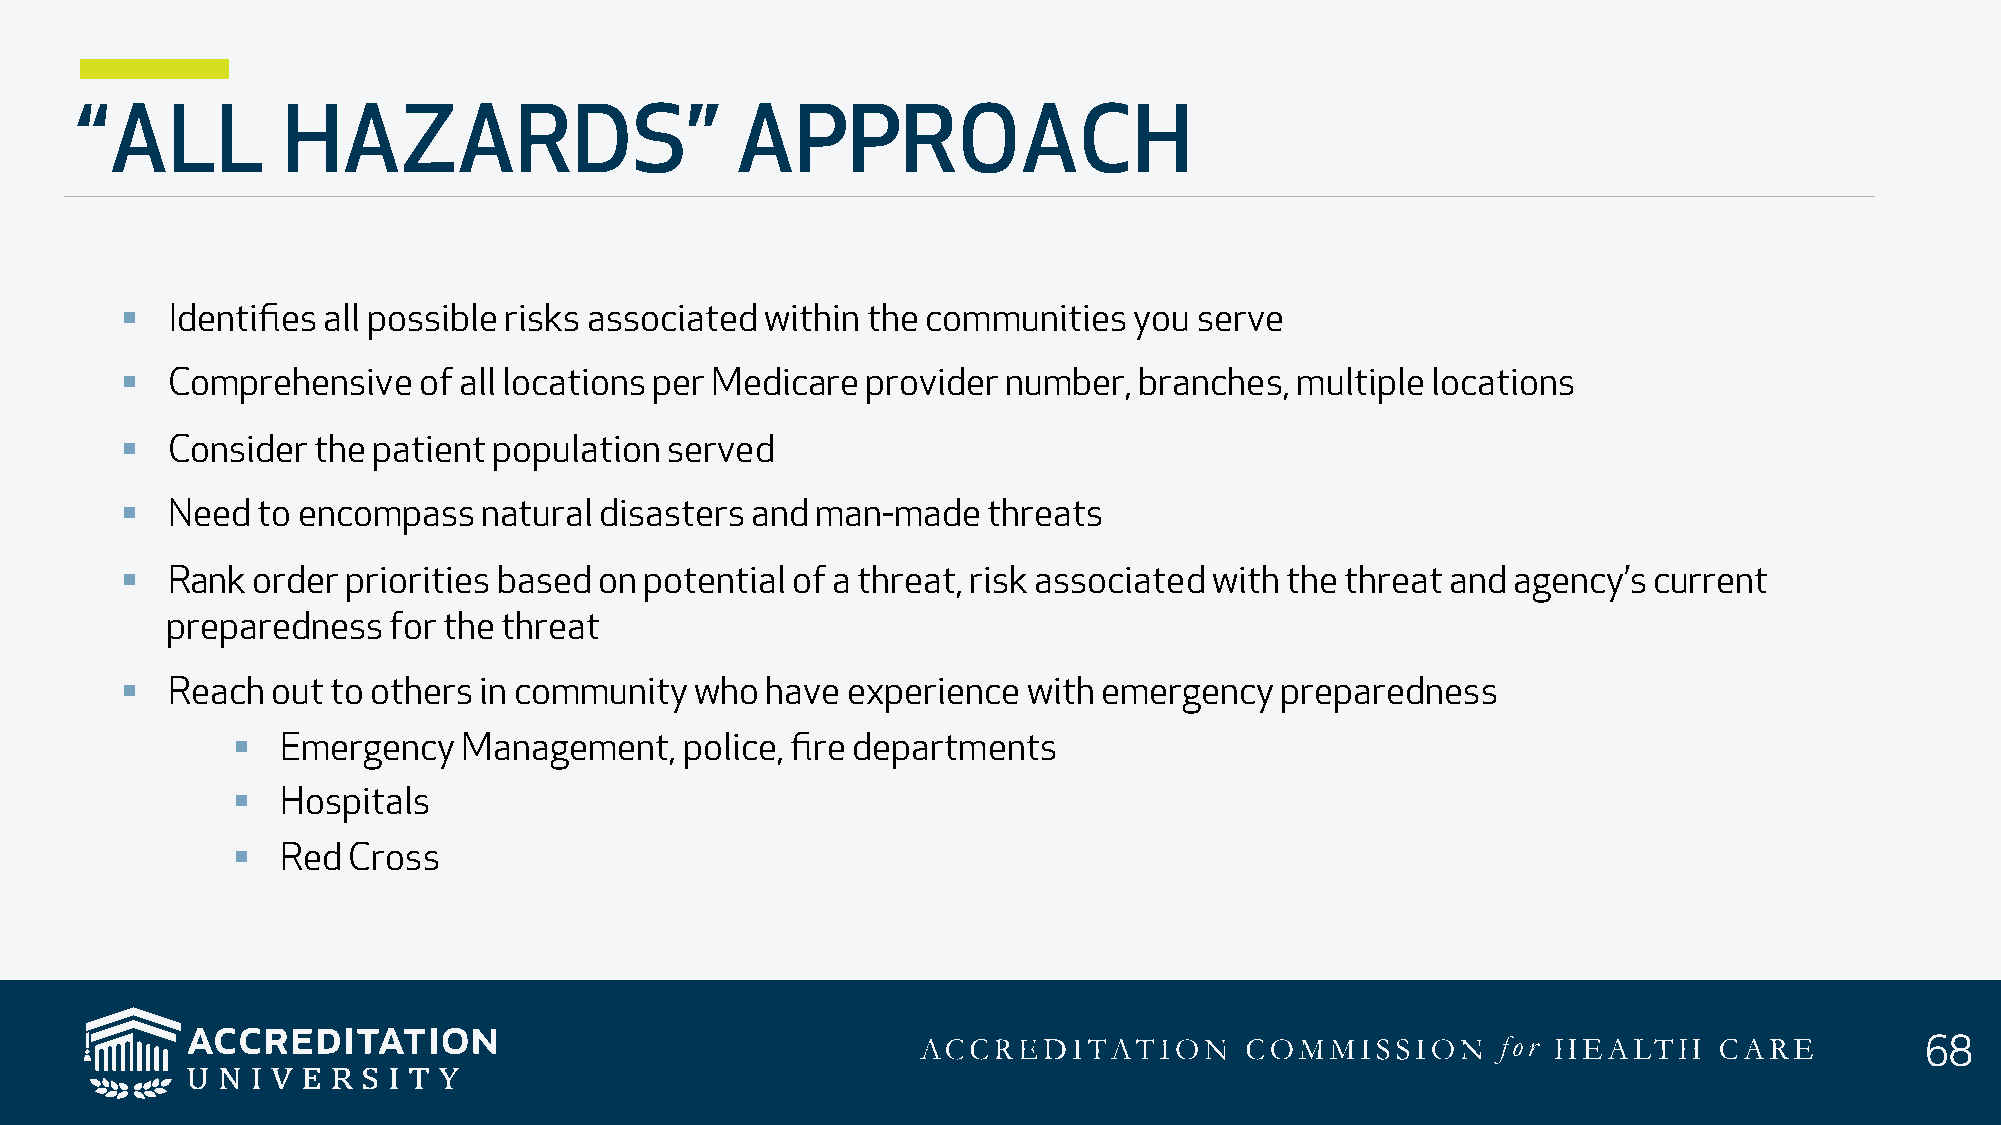
“ALL          HAZARDS”                      APPROACH
 §  Identifies all possible risks associated within the communities you serve
 §  Comprehensive    of all locations per Medicare provider number, branches,  multiple locations
 §  Consider  the patient population served
 §  Need  to encompass   natural disasters and man-made   threats
 §  Rank  order priorities based on potential of a threat, risk associated with the threat and agency’s current
 preparedness   for the threat
 §  Reach  out to others in community  who  have experience  with emergency   preparedness
 §   Emergency   Management,   police, fire departments
 §   Hospitals
 §   Red Cross
 68